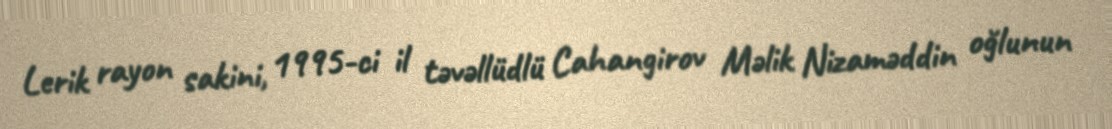
Lerik rayon sakini, 1995-ci il təvəllüdlü Cahangirov Məlik Nizaməddin oğlunun